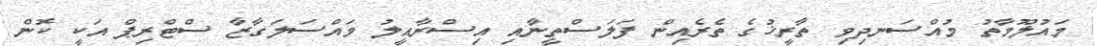
މައުލޫމާތު މުއްސަނދިވި ތާރީޚުގެ ތެރެއިން ފަލަސްތީނާއި އިސްރާއީލު މައްސަލަގާޒާ ސްޓްރިޕް އަކީ ކޮން